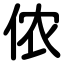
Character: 侬